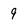
Character: 9